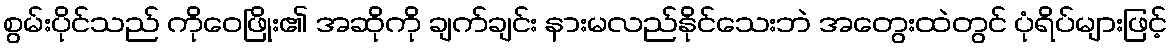
စွမ်းပိုင်သည် ကိုဝေဖြိုး၏ အဆိုကို ချက်ချင်း နားမလည်နိုင်သေးဘဲ အတွေးထဲတွင် ပုံရိပ်များဖြင့်